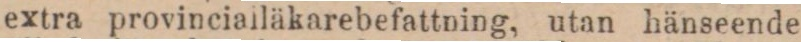
extra provinciailäkarebefattning, utan hänseende